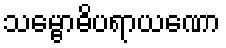
သမ္ဗောဓိပရာယဏော